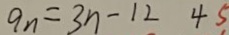
9 n = 3 n - 1 2 4 5